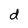
Character: d